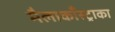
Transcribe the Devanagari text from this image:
मैलाकाँस्ट्राका